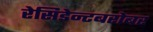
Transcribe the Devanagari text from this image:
रेसिडेन्टबरोबर